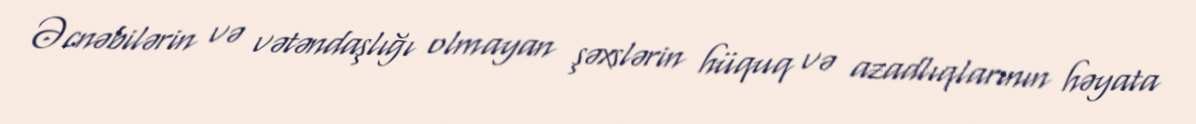
Əcnəbilərin və vətəndaşlığı olmayan şəxslərin hüquq və azadlıqlarının həyata